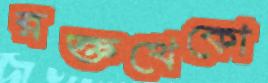
রক্তখেকো